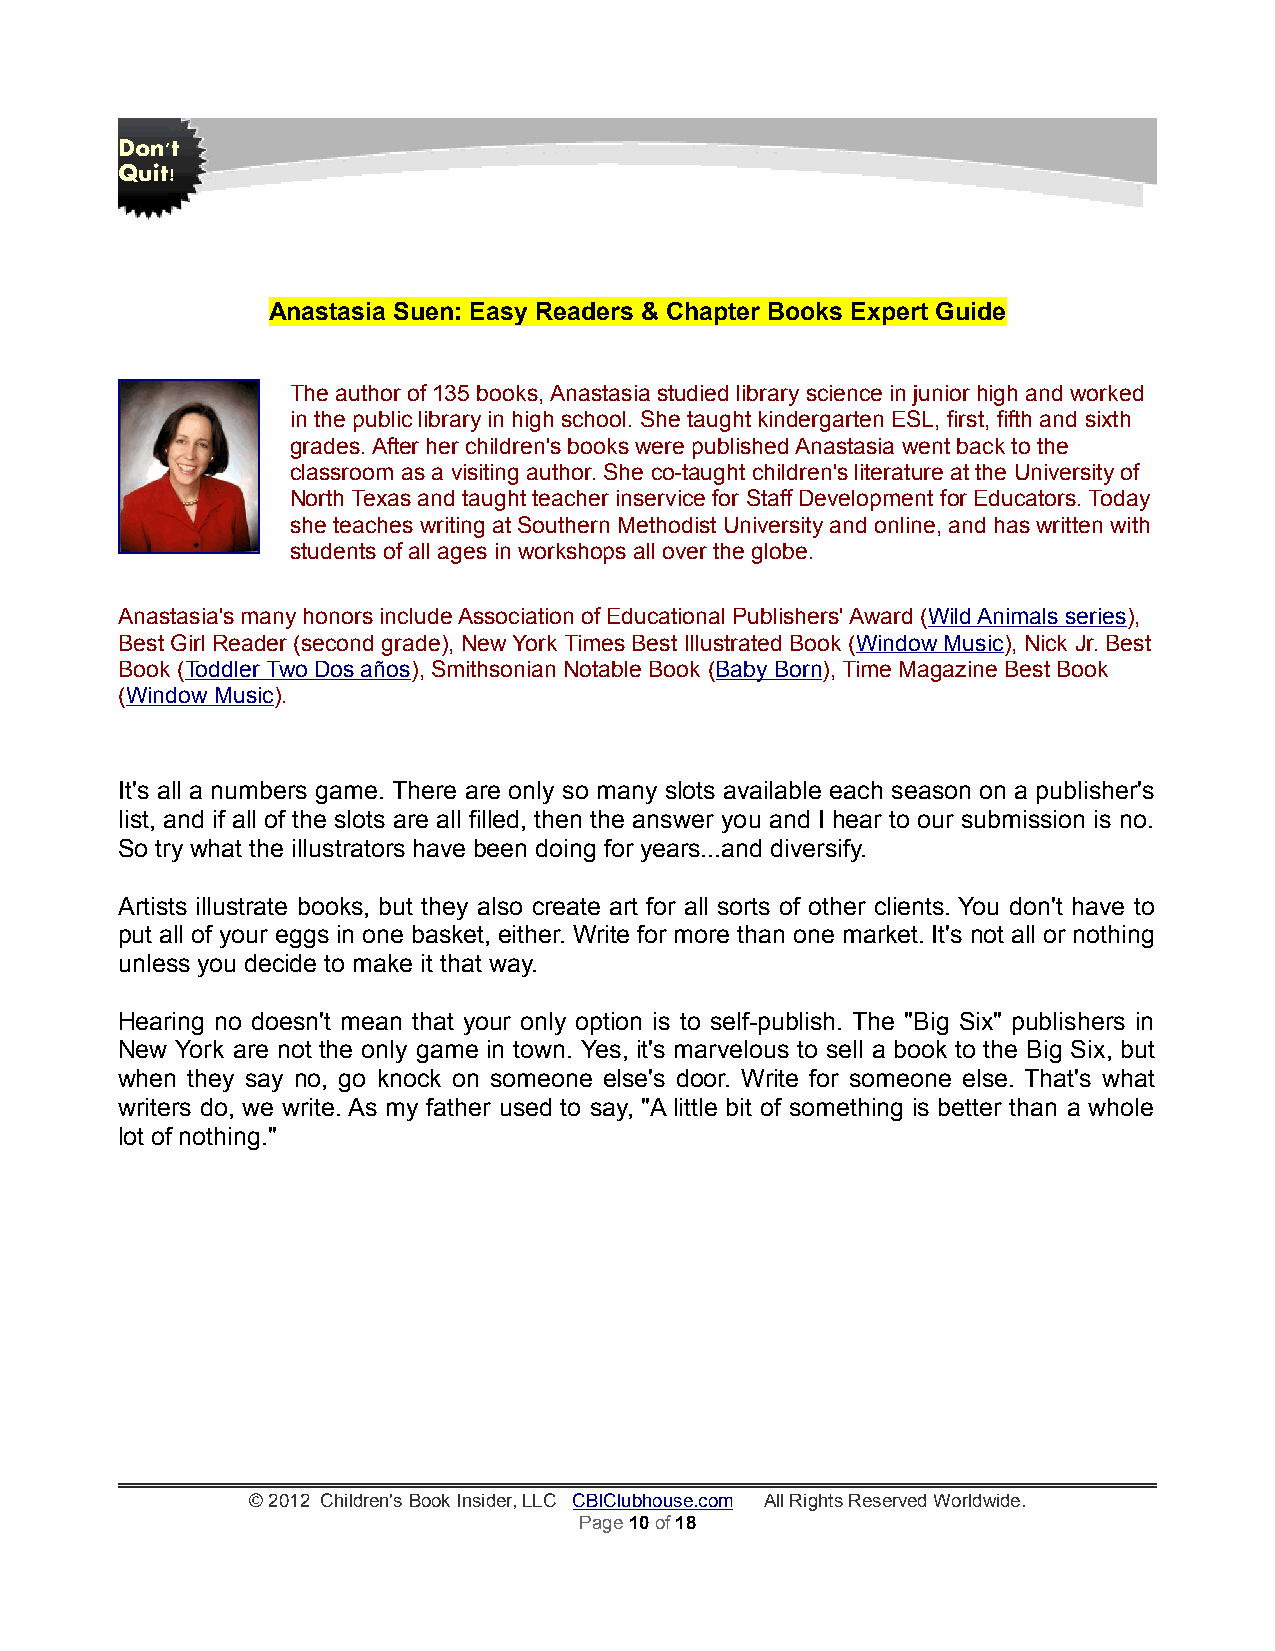
Don't
 Quit!
 Anastasia Suen: Easy Readers & Chapter Books Expert Guide
 The author of 135 books, Anastasia studied library science in junior high and worked
 in the public library in high school. She taught kindergarten ESL, first, fifth and sixth
 grades. After her children's books were published Anastasia went back to the
 classroom as a visiting author. She co-taught children's literature at the University of
 North Texas and taught teacher inservice for Staff Development for Educators. Today
 she teaches writing at Southern Methodist University and online, and has written with
 students of all ages in workshops all over the globe.
 Anastasia's many honors include Association of Educational Publishers' Award (Wild Animals series),
 Best Girl Reader (second grade), New York Times Best Illustrated Book (Window Music), Nick Jr. Best
 Book (Toddler Two Dos años), Smithsonian Notable Book (Baby Born), Time Magazine Best Book
 (Window Music).
 It's all a numbers game. There are only so many slots available each season on a publisher's
 list, and if all of the slots are all filled, then the answer you and I hear to our submission is no.
 So try what the illustrators have been doing for years...and diversify.
 Artists illustrate books, but they also create art for all sorts of other clients. You don't have to
 put all of your eggs in one basket, either. Write for more than one market. It's not all or nothing
 unless you decide to make it that way.
 Hearing no doesn't mean that your only option is to self-publish. The "Big Six" publishers in
 New York are not the only game in town. Yes, it's marvelous to sell a book to the Big Six, but
 when they say no, go knock on someone else's door. Write for someone else. That's what
 writers do, we write. As my father used to say, "A little bit of something is better than a whole
 lot of nothing."
 © 2012 Children's Book Insider, LLC CBIClubhouse.com All Rights Reserved Worldwide.
 Page 10 of 18